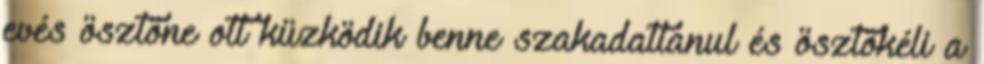
evés ösztöne ott küzködik benne szakadatlanul és ösztökéli a